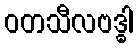
ဝတသီလဗဒ္ဓါ